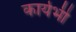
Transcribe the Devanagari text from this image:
कार्यभी